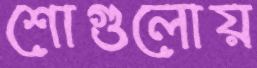
শোগুলোয়